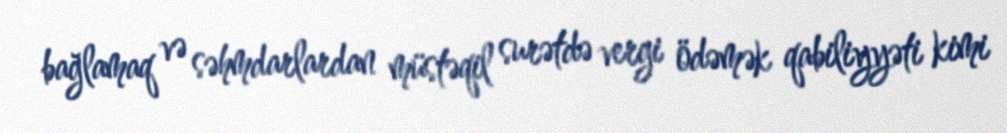
bağlamaq və səhmdarlardan müstəqil surətdə vergi ödəmək qabiliyyəti kimi